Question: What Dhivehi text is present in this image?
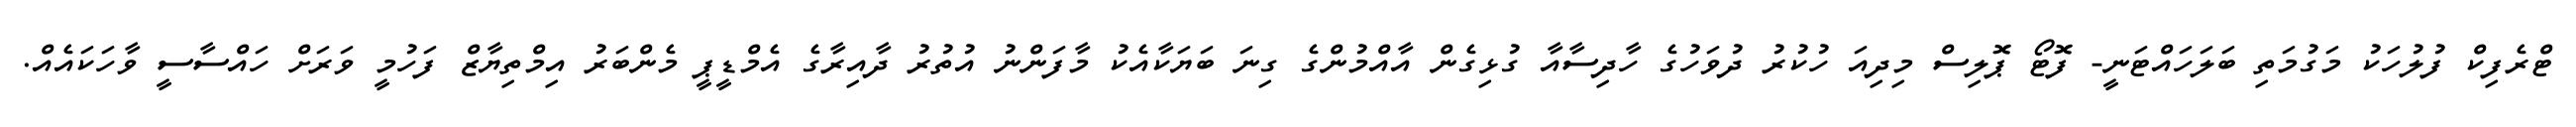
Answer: ޓްރެފިކް ފުލުހަކު މަގުމަތި ބަލަހައްޓަނީ- ފޮޓޯ ޕޮލިސް މިދިއަ ހުކުރު ދުވަހުގެ ހާދިސާއާ ގުޅިގެން އާއްމުންގެ ގިނަ ބަޔަކާއެކު މާފަންނު އުތުރު ދާއިރާގެ އެމްޑީޕީ މެންބަރު އިމްތިޔާޒް ފަހުމީ ވަރަށް ހައްސާސީ ވާހަކައެއް.